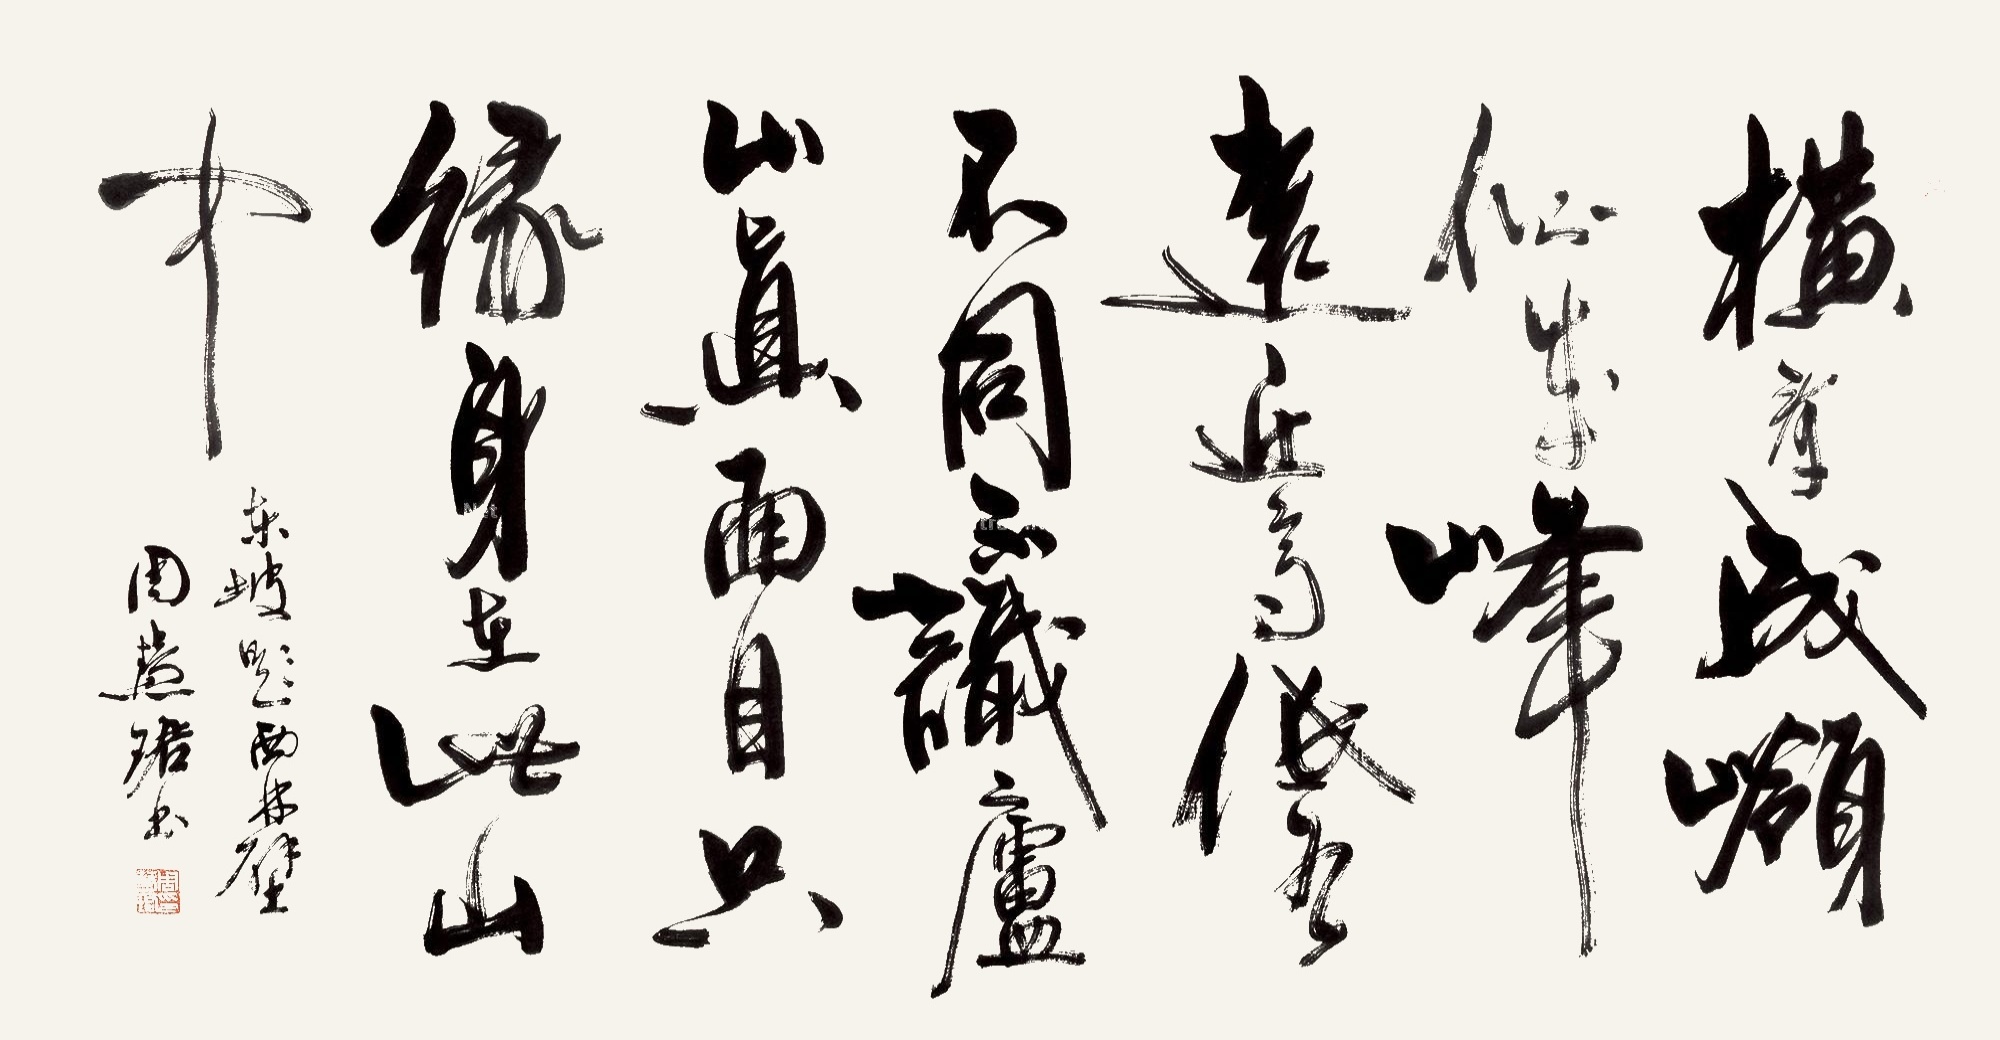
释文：横看成岭侧成峰，远近高低各不同。不识庐山真面目，只缘身在此山中。东坡《题西林壁》，周慧珺书。